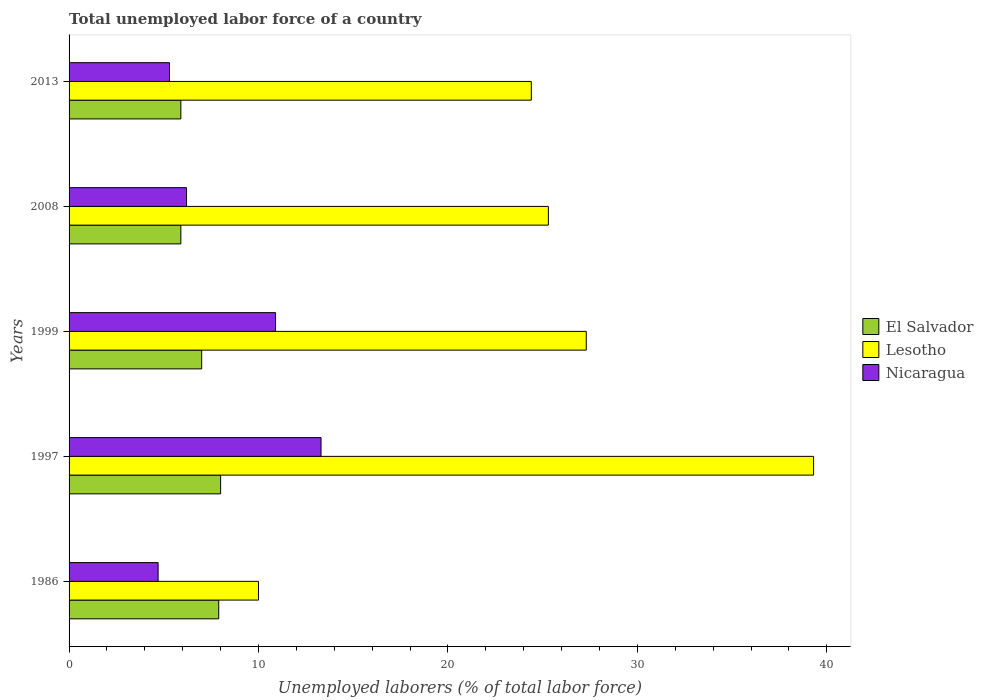
| Years | El Salvador | Lesotho | Nicaragua |
 | --- | --- | --- | --- |
 | 1986 | 7.9 | 10 | 4.7 |
 | 1997 | 8 | 39.3 | 13.3 |
 | 1999 | 7 | 27.3 | 10.9 |
 | 2008 | 5.9 | 25.3 | 6.2 |
 | 2013 | 5.9 | 24.4 | 5.3 |